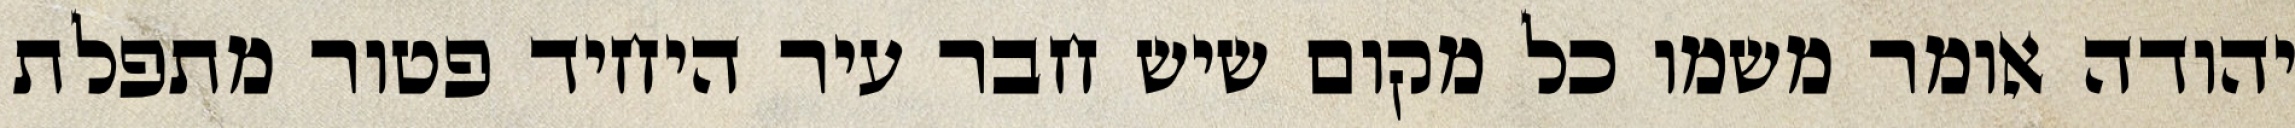
יהודה אומר משמו כל מקום שיש חבר עיר היחיד פטור מתפלת